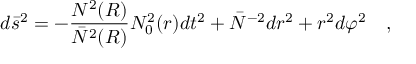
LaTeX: d \bar { s } ^ { 2 } = - { \frac { N ^ { 2 } ( R ) } { \bar { N } ^ { 2 } ( R ) } } N _ { 0 } ^ { 2 } ( r ) d t ^ { 2 } + \bar { N } ^ { - 2 } d r ^ { 2 } + r ^ { 2 } d \varphi ^ { 2 } ~ ~ ~ ,